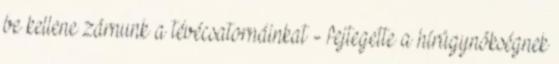
be kellene zárnunk a tévécsatornáinkat - fejtegette a hírügynökségnek